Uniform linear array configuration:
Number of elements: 16
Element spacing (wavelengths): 0.25
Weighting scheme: hann
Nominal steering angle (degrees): -60
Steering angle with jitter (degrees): -60.519
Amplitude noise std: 0.05
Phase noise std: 0.05

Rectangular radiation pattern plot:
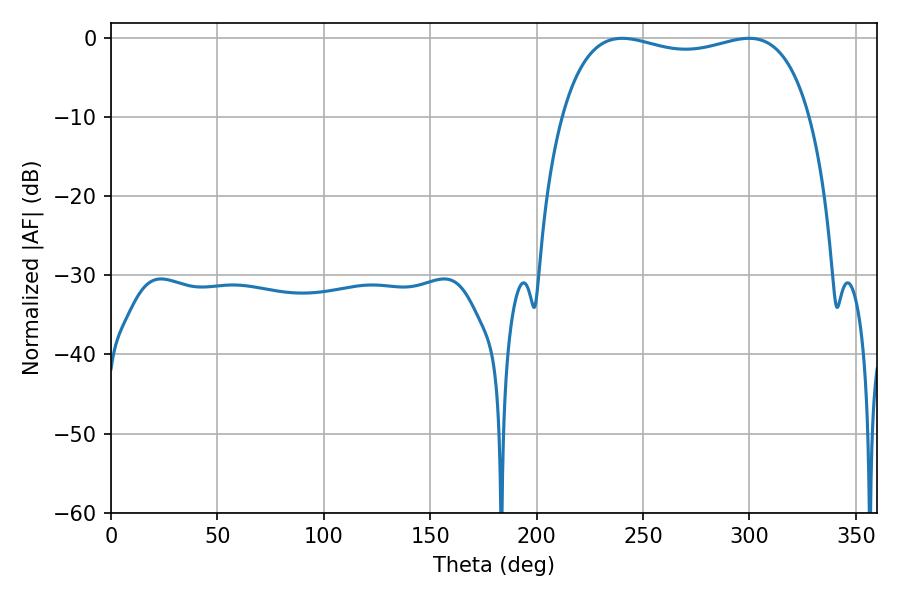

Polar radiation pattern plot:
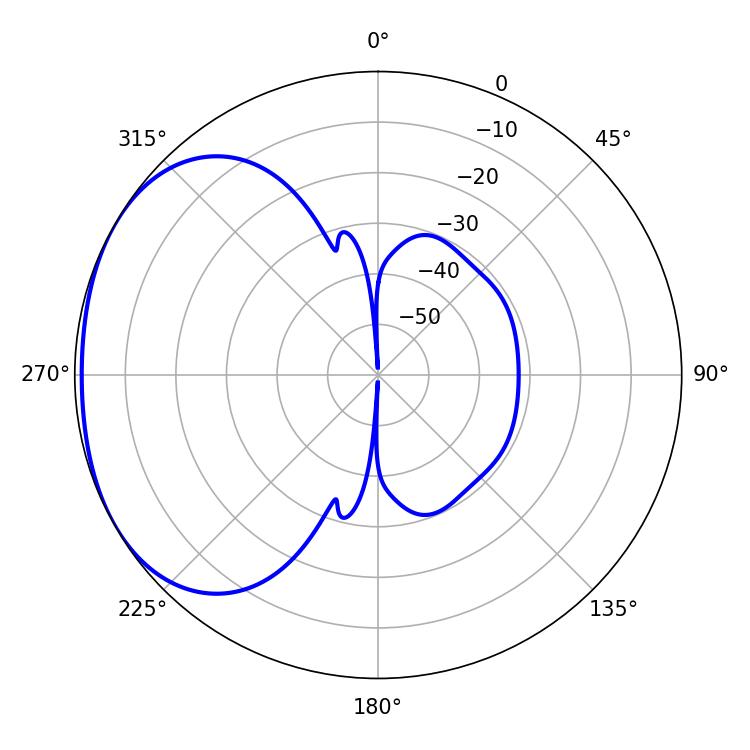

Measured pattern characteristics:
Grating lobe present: FALSE
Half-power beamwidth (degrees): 95.04
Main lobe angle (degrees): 240.3